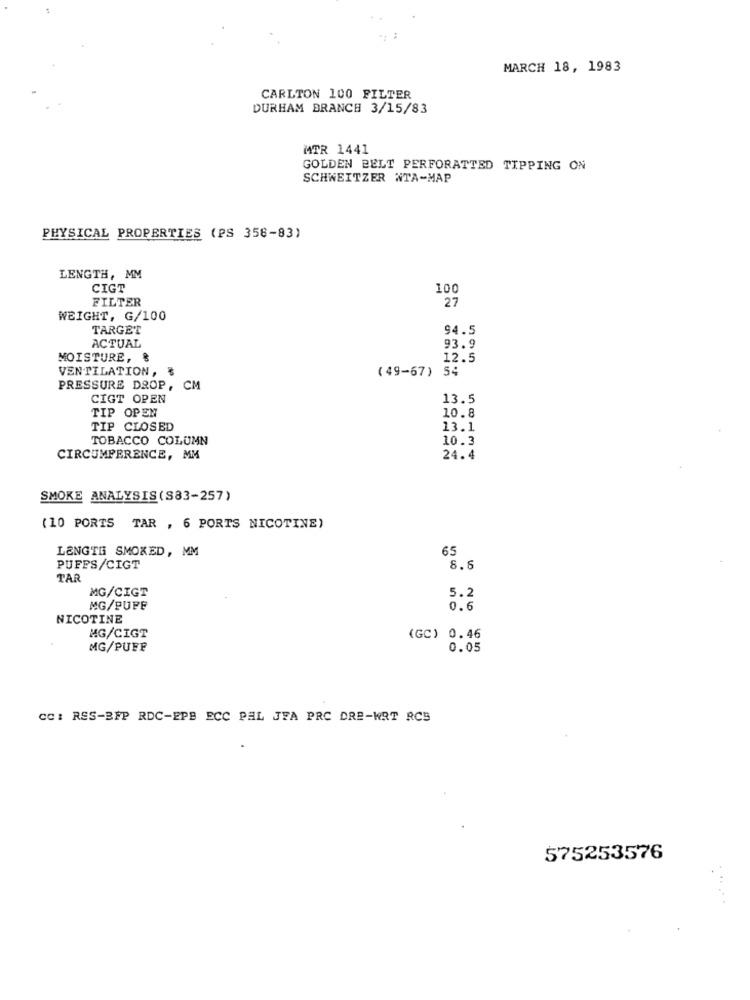
MARCH 18, 1983
CARLTON 100 FILTER
DURHAM BRANCH 3/15/83
MTR 1441
GOLDEN BELT PERFORATTED TIPPING ON
SCHWEITZER WTA-MAP
PHYSICAL PROPERTIES (PS 358-83)
LENGTH, MM
CIGT
100
FILTER
27
WEIGHT, G/100
TARGET
94.5
ACTUAL
93.9
MOISTURE, &
12.5
VENTILATION, ₺
(49-67) 54
PRESSURE DROP, CM
CIGT OPEN
13.5
TIP OPEN
10.8
TIP CLOSED
13.1
TOBACCO COLUMN
10.3
CIRCUMFERENCE, MM
24.4
SMOKE ANALYSIS(S83-257)
(10 PORTS TAR , 6 PORTS NICOTINE)
LENGTH SMOKED, MM
65
PUFFS/CIGT
8.6
TAR
MG/CIGT
5.2
MG/PUFF
0.6
NICOTINE
MG/CIGT
(GC) 0.46
MG/PUFF
0.05
CC: RES-BFP RDC-EPB ECC PAL JFA PRC DRE-WRT RCS
575253576